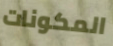
المكونات